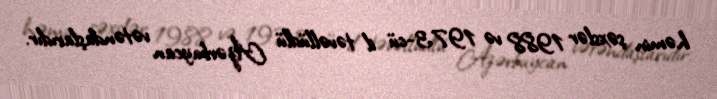
həmin şəxslər 1988 və 1973-cü il təvəllüdlü Azərbaycan vətəndaşlarıdır.